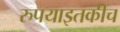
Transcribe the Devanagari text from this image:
रुपयाइतकीच